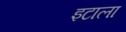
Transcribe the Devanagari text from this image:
इटाला